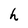
Character: h